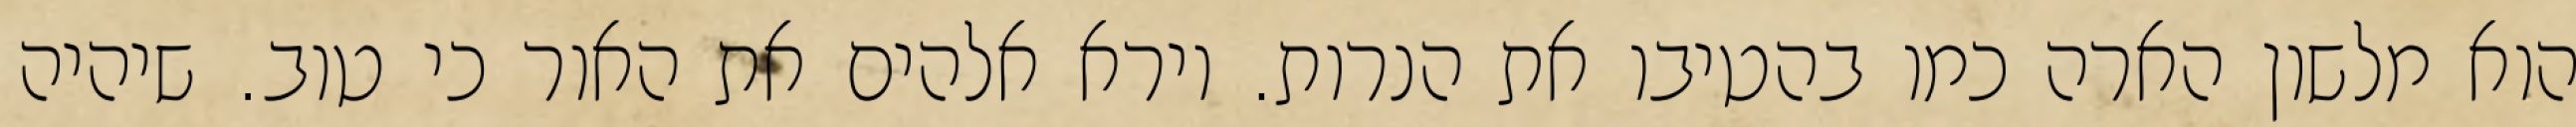
הוא מלשון הארה כמו בהטיבו את הנרות. וירא אלהים את האור כי טוב. שיהיה